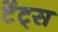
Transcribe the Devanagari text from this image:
टेंट्स